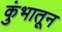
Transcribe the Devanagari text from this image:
कुंभातून